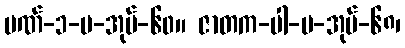
ပဏ်-၁-ပ-အုပ်-၆၀။ ဇာတက-ပါ-ပ-အုပ်-၆၈၊